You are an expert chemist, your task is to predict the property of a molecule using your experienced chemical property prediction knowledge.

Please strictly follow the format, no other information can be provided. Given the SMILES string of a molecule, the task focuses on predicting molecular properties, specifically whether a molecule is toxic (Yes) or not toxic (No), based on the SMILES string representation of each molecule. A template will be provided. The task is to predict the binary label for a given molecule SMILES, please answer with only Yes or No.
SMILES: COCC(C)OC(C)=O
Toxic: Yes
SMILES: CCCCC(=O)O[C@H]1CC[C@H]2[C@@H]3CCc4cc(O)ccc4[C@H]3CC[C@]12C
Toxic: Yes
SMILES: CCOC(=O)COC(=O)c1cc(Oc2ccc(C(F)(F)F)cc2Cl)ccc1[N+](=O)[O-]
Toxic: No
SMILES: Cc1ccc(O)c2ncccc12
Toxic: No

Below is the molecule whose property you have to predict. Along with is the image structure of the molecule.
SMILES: C=C[C@H]1CN2CCC1C[C@@H]2[C@@H](O)c1ccnc2ccc(OC)cc12
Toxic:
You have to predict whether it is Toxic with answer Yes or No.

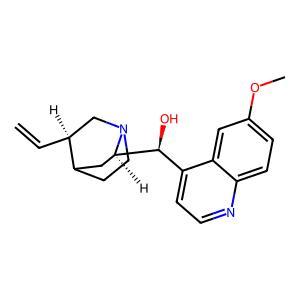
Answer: No